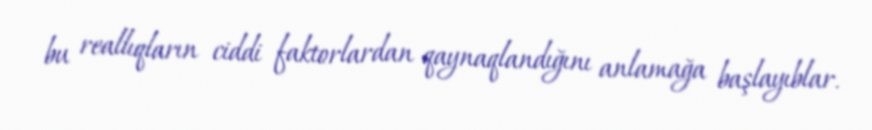
bu reallıqların ciddi faktorlardan qaynaqlandığını anlamağa başlayıblar.